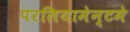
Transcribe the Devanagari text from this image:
परलियामेन्टमे